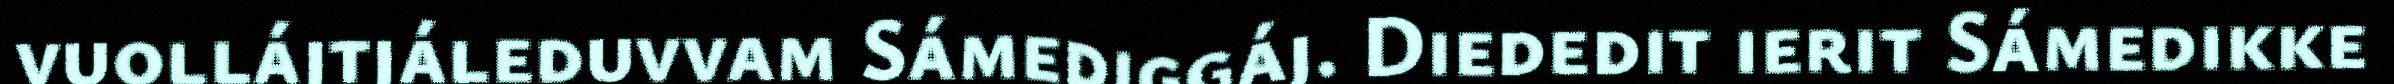
vuollájtjáleduvvam Sámediggáj. Diededit ierit Sámedikke